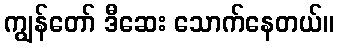
ကျွန်တော် ဒီဆေး သောက်နေတယ်။